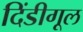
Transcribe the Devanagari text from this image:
दिंडीगूल